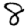
Digit: 8